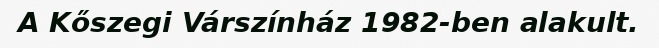
A Kőszegi Várszínház 1982-ben alakult.